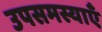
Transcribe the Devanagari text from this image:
उपसमस्याएँ